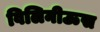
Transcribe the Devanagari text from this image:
विलिनीऊस